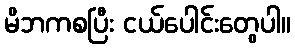
မိဘကစပြီး ငယ်ပေါင်းတွေပါ။